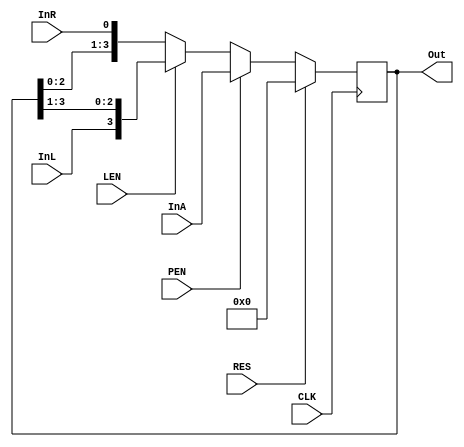
module Wbit_ShiftReg_2305001 #(parameter W=4)(InA,InR,InL,RES,CLK,Out,PEN,LEN);//PEN is parallel enable  LEN is left and right serial in	
	input wire[W-1:0] InA;
	input wire RES,CLK,PEN,LEN,InR,InL;
	output reg[W-1:0] Out;
	always@(posedge CLK)
	begin
	if(RES==1)
		Out[W-1:0]=0;
	else
		if(PEN==1)
			Out=InA;
		else begin
			if(LEN==0)
				Out={Out[W-2:0],InR};
			else
				Out={InL,Out[W-1:1]};
		end
	end

endmodule